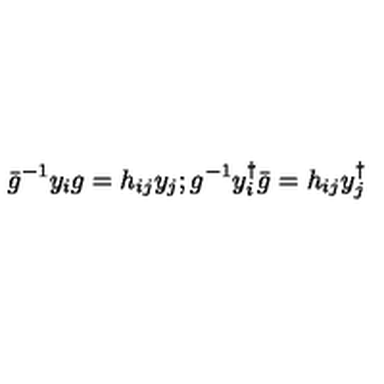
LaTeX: \bar { g } ^ { - 1 } y _ { i } g = h _ { i j } y _ { j } ; g ^ { - 1 } y _ { i } ^ { \dagger } \bar { g } = h _ { i j } y _ { j } ^ { \dagger }